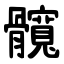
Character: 髖